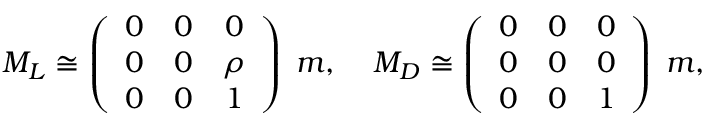
M _ { L } \cong \left( \begin{array} { c c c } { { 0 } } & { { 0 } } & { { 0 } } \\ { { 0 } } & { { 0 } } & { { \rho } } \\ { { 0 } } & { { 0 } } & { { 1 } } \end{array} \right) \; m , \; \; \; \; M _ { D } \cong \left( \begin{array} { c c c } { { 0 } } & { { 0 } } & { { 0 } } \\ { { 0 } } & { { 0 } } & { { 0 } } \\ { { 0 } } & { { 0 } } & { { 1 } } \end{array} \right) \; m ,